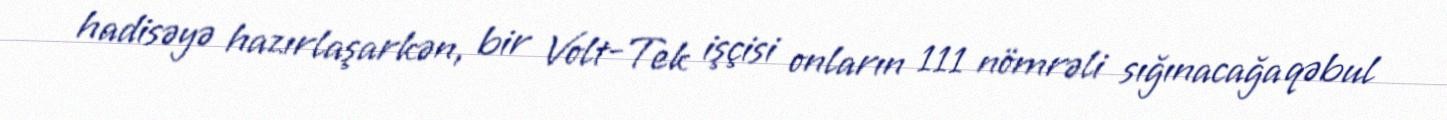
hadisəyə hazırlaşarkən, bir Volt-Tek işçisi onların 111 nömrəli sığınacağa qəbul